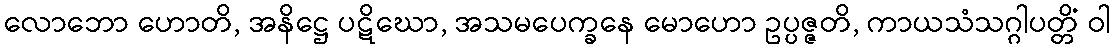
လောဘော ဟောတိ, အနိဋ္ဌေ ပဋိဃော, အသမပေက္ခနေ မောဟော ဥပ္ပဇ္ဇတိ, ကာယသံသဂ္ဂါပတ္တိံ ဝါ